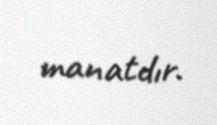
manatdır.